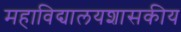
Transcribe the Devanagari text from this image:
महाविद्यालयशासकीय